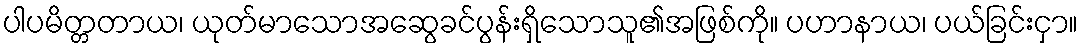
ပါပမိတ္တတာယ၊ ယုတ်မာသောအဆွေခင်ပွန်းရှိသောသူ၏အဖြစ်ကို။ ပဟာနာယ၊ ပယ်ခြင်းငှာ။